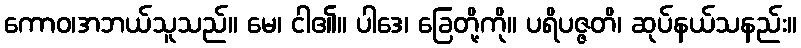
ကောဝ၊အဘယ်သူသည်။ မေ၊ ငါ၏။ ပါဒေ၊ ခြေတို့ကို။ ပရိပဇ္ဇတိ၊ ဆုပ်နယ်သနည်း။